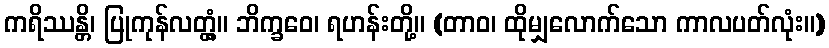
ကရိဿန္တိ၊ ပြုကုန်လတ္တံ့။ ဘိက္ခဝေ၊ ရဟန်းတို့။ (တာဝ၊ ထိုမျှလောက်သော ကာလပတ်လုံး။)